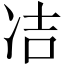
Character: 𭂋